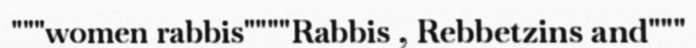
"""women rabbis""""Rabbis , Rebbetzins and"""